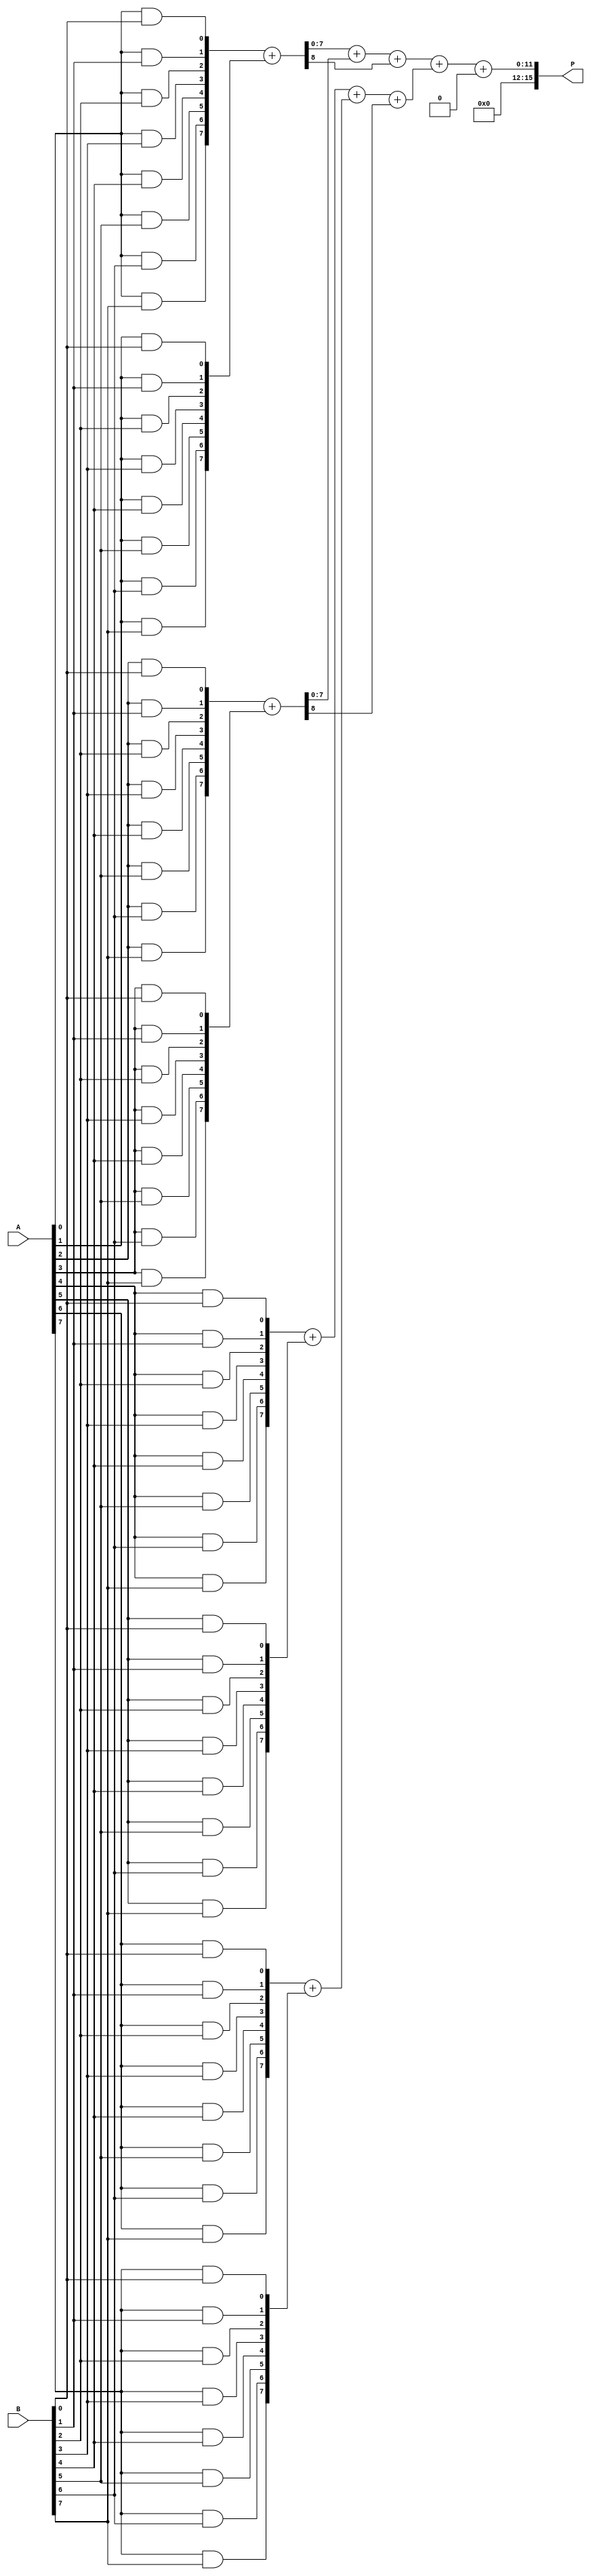
module FaultTolerantWallaceTreeMultiplier (
    input [7:0] A, // 8-bit input A
    input [7:0] B, // 8-bit input B
    output [15:0] P // 16-bit output Product
);

// Generate Partial Products
wire [7:0] pp[7:0]; // Partial products array

generate
    genvar i, j;
    for (i = 0; i < 8; i=i+1) begin : partial_product_generation
        for (j = 0; j < 8; j=j+1) begin : and_gate
            assign pp[i][j] = A[i] & B[j]; // AND operation for partial products
        end
    end
endgenerate

// Wallace Tree Reduction
wire [15:0] sum[6:0]; // Sums of the levels
wire [6:0] carry; // Carry bits

// Level 1 Reduction
wire [7:0] w1_sum[3:0]; // First level sums
wire [3:0] w1_carry; // First level carries

// Redundant Full Adders
assign {w1_carry[0], w1_sum[0]} = pp[0] + pp[1];
assign {w1_carry[1], w1_sum[1]} = pp[2] + pp[3];
assign {w1_carry[2], w1_sum[2]} = pp[4] + pp[5];
assign {w1_carry[3], w1_sum[3]} = pp[6] + pp[7];

// Level 2 Reduction
// Redundant Full Adders for Level 2
assign {carry[0], sum[0]} = w1_sum[0] + w1_sum[1] + w1_carry[0];
assign {carry[1], sum[1]} = w1_sum[2] + w1_sum[3] + w1_carry[1];

// Level 3 Reduction
assign {carry[2], sum[2]} = sum[0] + sum[1] + carry[0];

// Final Stage
assign P = {carry[2], sum[2]}; // Final Product

// Fault Detection Mechanism (simplified)
wire [15:0] output_check;
assign output_check = P; // output for checking

// Assume a simple mechanism where we check for output consistency
// In an actual implementation, you may want to add more sophisticated checking
assign P = (output_check == P) ? P : 16'b0; // Default to zero on fault detection

endmodule